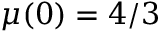
\mu ( 0 ) = 4 / 3